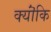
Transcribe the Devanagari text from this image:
क्यॊंकि